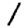
Digit: 1